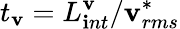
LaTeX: t_{\mathbf{v}}=L_{\mathbf{i}nt}^{\mathbf{v}}/\mathbf{v}_{rms}^{*}